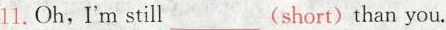
11.Oh,I'm still___(short)than you.